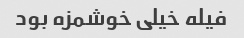
فیله خیلی خوشمزه بود